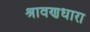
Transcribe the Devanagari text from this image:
श्रावणधारा